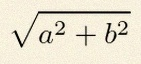
\sqrt{a^2+b^2}